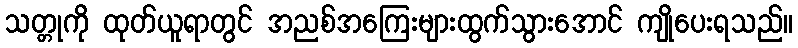
သတ္တုကို ထုတ်ယူရာတွင် အညစ်အကြေးများထွက်သွားအောင် ကျိုပေးရသည်။